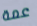
عمة